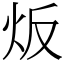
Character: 炍